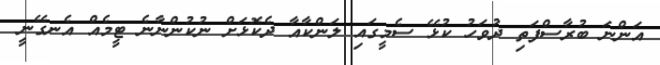
އަންނަ ބުރާސްފަތި ދުވަހު ކުޅޭ ސެމީގައި ލަންކާއާ ދެކޮޅަށް ނުކުންނާނެ ޓީމެއް އެނގޭނީ